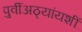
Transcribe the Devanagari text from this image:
पुर्वीअठ्यांयशीं